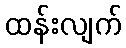
ထန်းလျက်